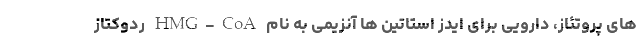
های پروتئاز، دارویی برای ایدز استاتین ها آنزیمی به نام HMG-CoA ردوکتاز